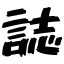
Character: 誌